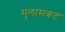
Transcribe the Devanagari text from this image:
मुलांसकट